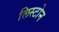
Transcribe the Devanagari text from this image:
लिस्टोन